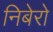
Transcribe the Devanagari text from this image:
निबेरो